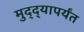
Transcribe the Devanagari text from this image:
मुद्द्‍यापर्यंत